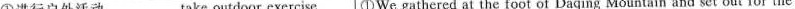
①进行户外活动 take outdoor exercise ①We gathered at the foot of Daqing Mountain and set out for the